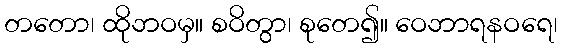
တတော၊ ထိုဘဝမှ။ စဝိတွာ၊ စုတေ၍။ ဝေဘာရနဝရေ၊